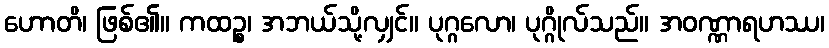
ဟောတိ၊ ဖြစ်၏။ ကထဉ္စ၊ အဘယ်သို့လျှင်။ ပုဂ္ဂလော၊ ပုဂ္ဂိုလ်သည်။ အဝဏ္ဏာရဟဿ၊